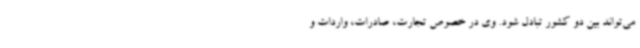
می‌تواند بین دو کشور تبادل شود. وی در خصوص تجارت، صادرات، واردات و